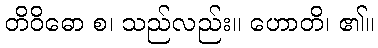
တိဝိဓော စ၊ သည်လည်း။ ဟောတိ၊ ၏။